Mental hospitals Bombay report 1929-33 - 1929-1933
Year: 1929
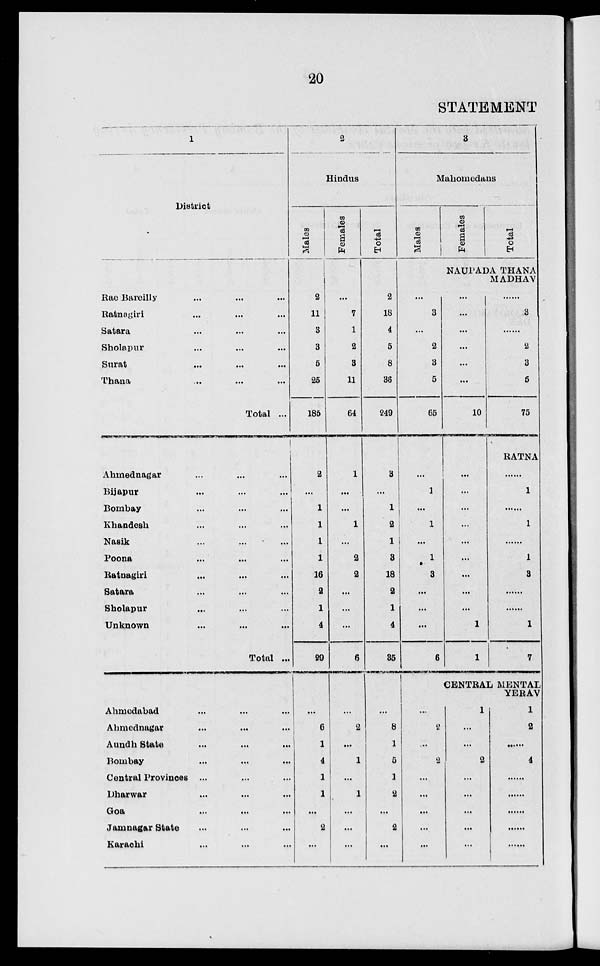
20
STATEMENT
1
District
Rae Bareilly ... ... ...
Ratnagiri ... ... ...
Satara ... ... ...
Sholapur ... ... ...
Surat ... ... ...
Thana ... ... ...
Total ...
Ahmednagar ... ... ...
Bijapur ... ... ...
Bombay ... ... ...
Khandesh ... ... ...
Nasik ... ... ...
Poona
...
...
...
Ratnagiri ... ... ...
Satara ... ... ...
Sholapur ... ... ...
Unknown
...
...
...
Total ...
Ahmedabad ... ... ...
Ahmednagar ... ... ...
Aundh State ... ... ...
Bombay ... ... ...
Central Provinces ... ... ...
Dharwar ... ... ...
Goa ... ... ...
Jamnagar State ... ... ...
Karachi ... ... ...
2
Hindus
Males
2
11
3
3
5
25
185
2
...
1
1
1
1
16
2
1
4
29
...
6
1
4
1
1
...
2
...
Females
...
7
1
2
3
11
64
1
...
...
1
...
2
2
...
...
...
6
...
2
...
1
...
1
...
...
...
Total
2
18
4
5
8
36
249
3
...
1
2
1
3
18
2
1
4
35
...
8
1
5
1
2
...
2
...
3
Mahomedans
Males
...
3
...
2
3
5
65
...
1
...
1
...
1
3
...
...
...
6
...
2
...
2
...
...
...
...
...
Females
Total
NAUPADA THANA
MADHAV
...
...
...
...
...
...
10
...
...
...
...
...
...
...
...
...
1
1
...
3
...
2
3
6
75
RATNA
......
1
......
1
......
1
3
......
......
1
7
CENTRAL MENTAL
YERAV
1
...
...
2
...
...
...
...
...
1
2
......
4
......
......
......
......
......